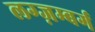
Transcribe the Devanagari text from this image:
लग्ज़म्बर्ग